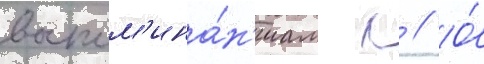
воспом'ина́н'иам л // О́